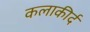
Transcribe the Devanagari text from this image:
कलाकीर्द